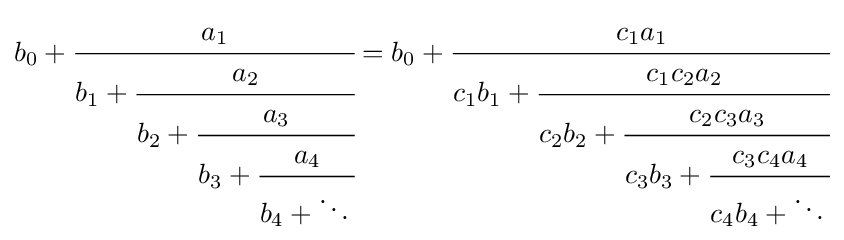
b_{0}+{\cfrac {a_{1}}{b_{1}+{\cfrac {a_{2}}{b_{2}+{\cfrac {a_{3}}{b_{3}+{\cfrac {a_{4}}{b_{4}+\ddots \,}}}}}}}}=b_{0}+{\cfrac {c_{1}a_{1}}{c_{1}b_{1}+{\cfrac {c_{1}c_{2}a_{2}}{c_{2}b_{2}+{\cfrac {c_{2}c_{3}a_{3}}{c_{3}b_{3}+{\cfrac {c_{3}c_{4}a_{4}}{c_{4}b_{4}+\ddots \,}}}}}}}}